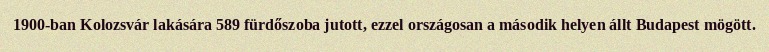
1900-ban Kolozsvár lakására 589 fürdőszoba jutott, ezzel országosan a második helyen állt Budapest mögött.